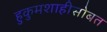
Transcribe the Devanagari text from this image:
हुकुमशाहीसोबत